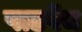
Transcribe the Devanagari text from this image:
पाठपेंच